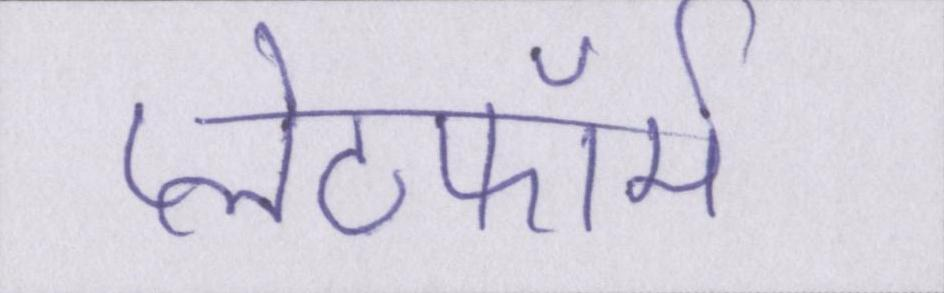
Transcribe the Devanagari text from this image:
प्लेटफॉर्म